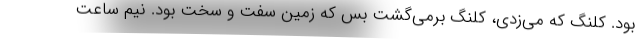
بود. كلنگ كه مي‌زدي، كلنگ برمي‌گشت بس كه زمين سفت و سخت بود. نيم ساعت